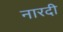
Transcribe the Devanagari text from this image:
नारदी